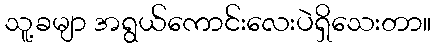
သူ့ခမျာ အရွယ်ကောင်းလေးပဲရှိသေးတာ။